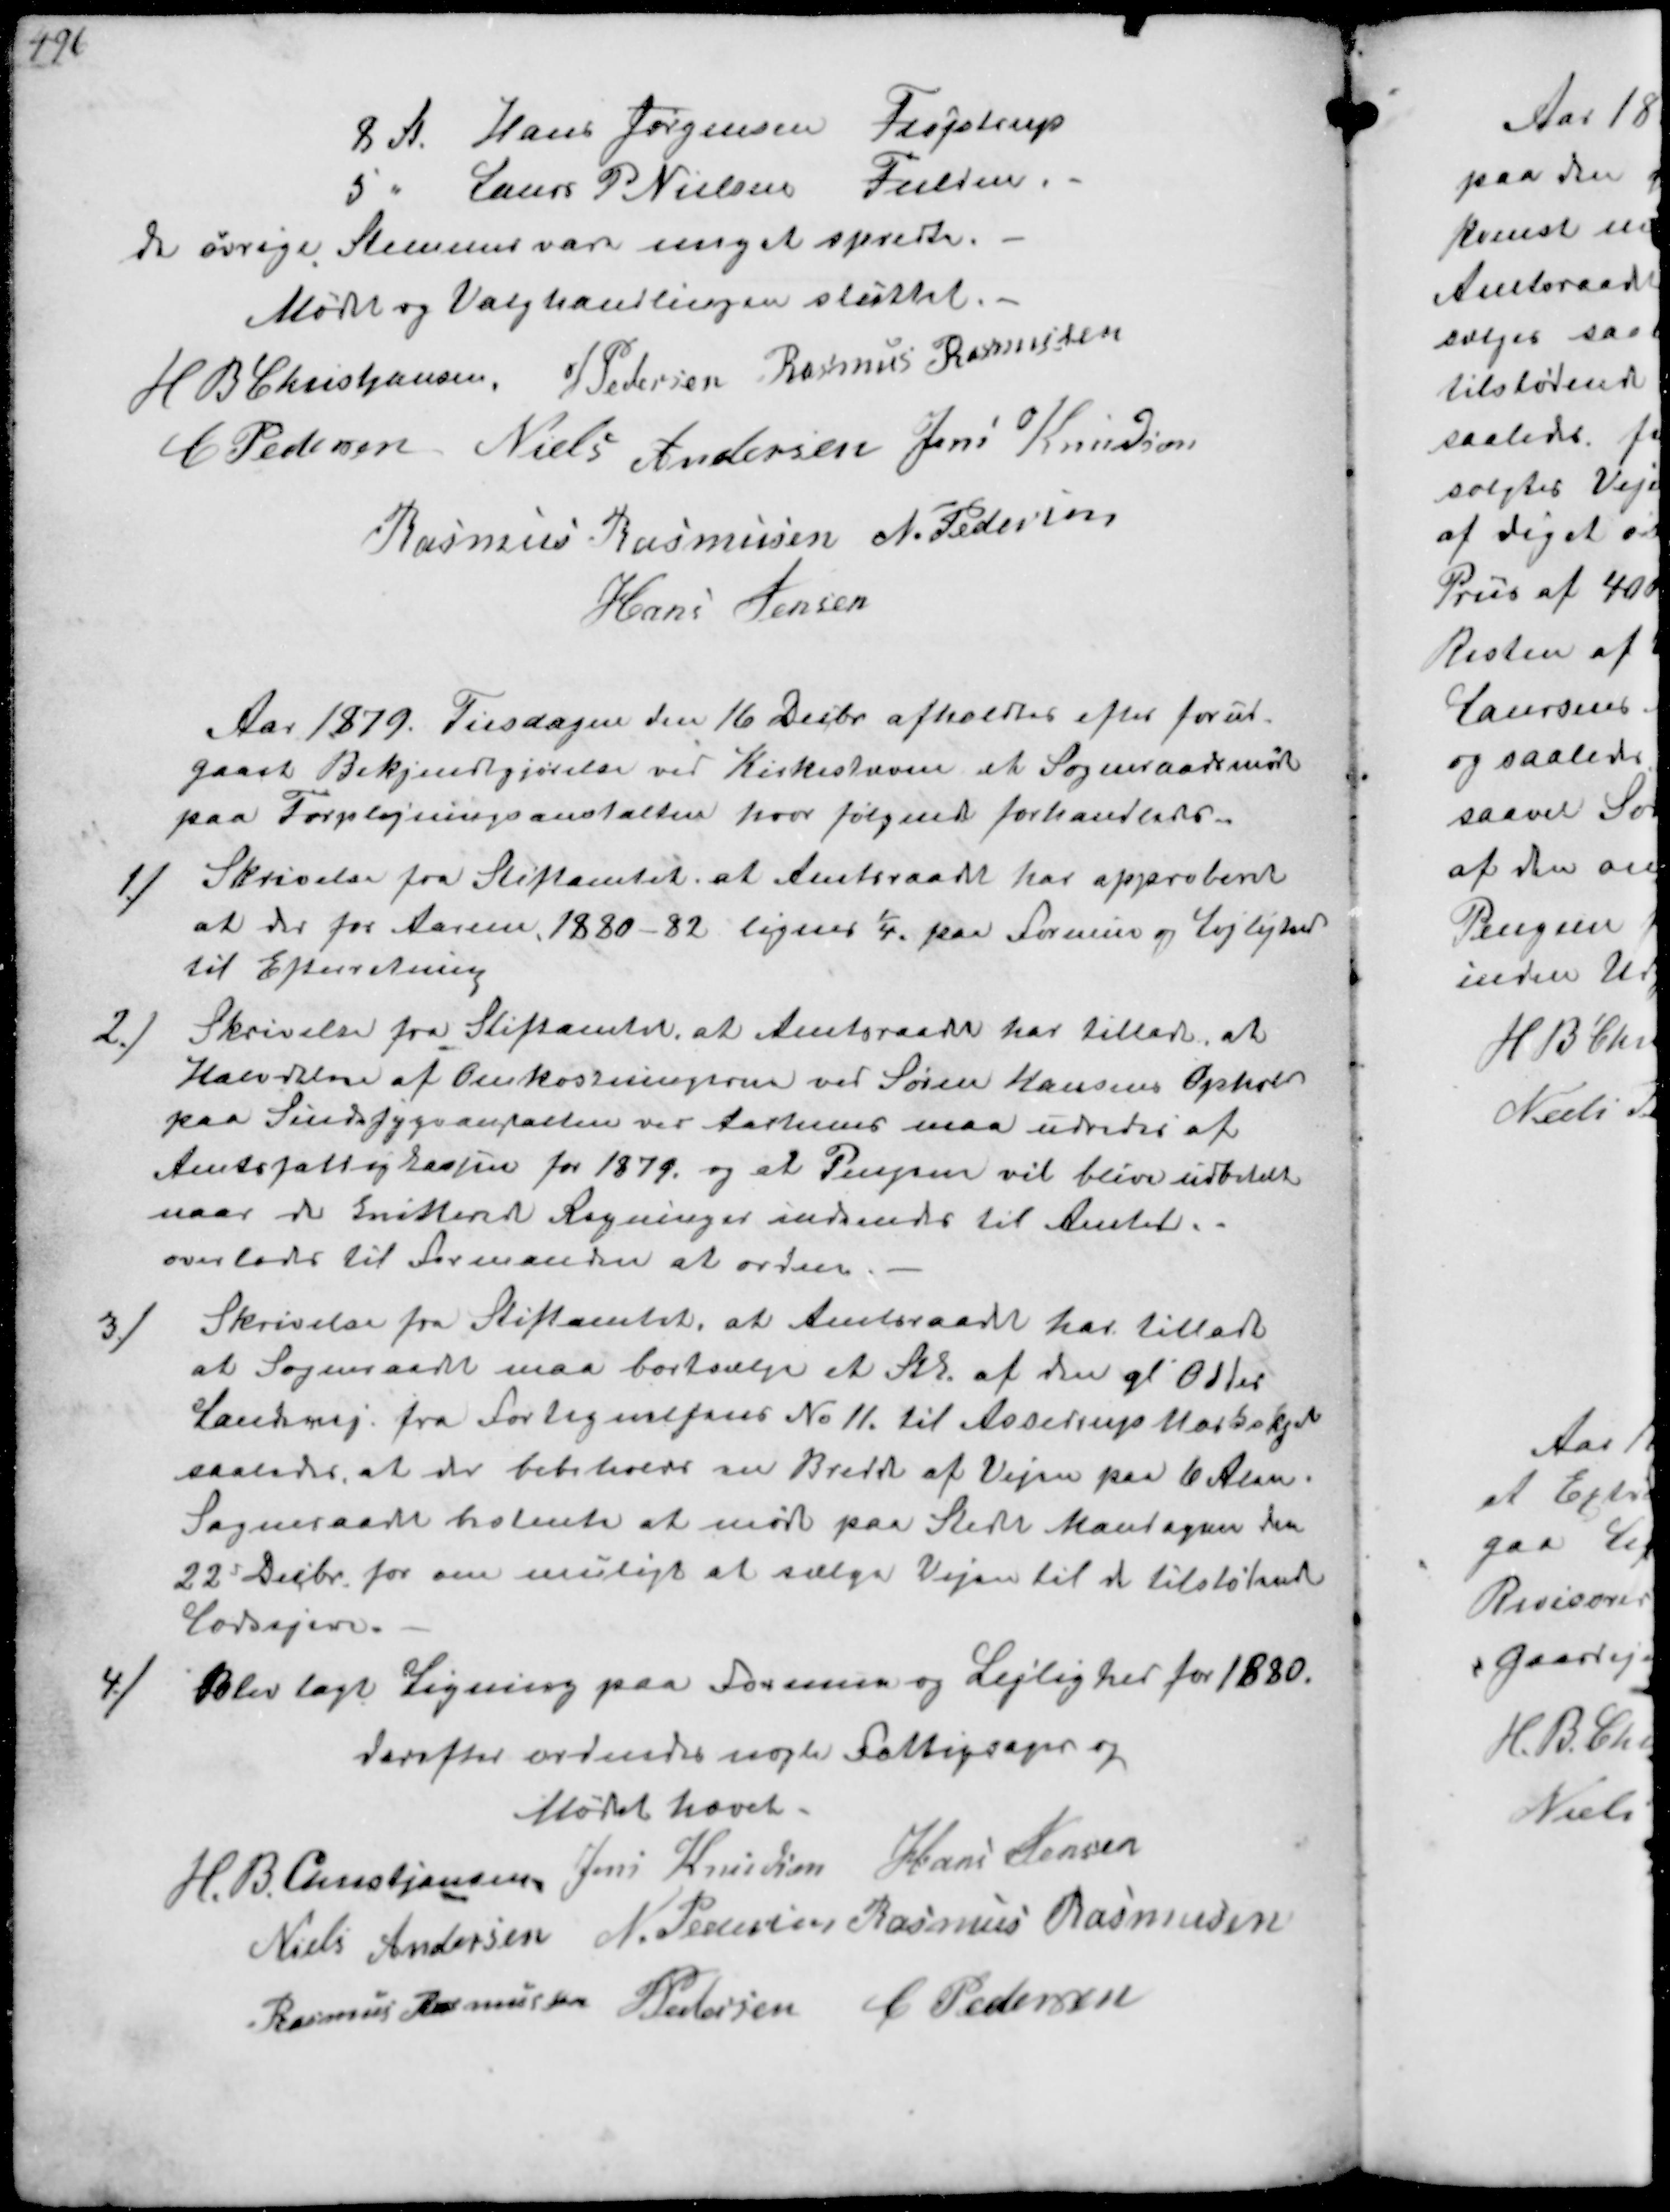
Transskription:
8 St Hans Jørgensen Fløjstrup
5 " Laurs P Nielsen Fulden.
de øvrige Stemmer vare meget spredte.
Mødet og Valghandlingen sluttet.
H. B Christjansen
J Pedersen
Rasmus Rasmussen
C Pedersen
Niels Andersen
Jens Knudsen
Rasmus Rasmussen
N. Pedersen
Hans Jensen

Aar 1879. Tilsdagen den 16 Decbr afholdtes efter forud-
gaaet Bekjendtgjørelse ved Kirkestævne et Sogneraadsmøde
paa Forplejningsanstalten hvor følgende forhandledes
1/
Skrivelse fra Stiftamtet at Amtsraadet har approberet
at der for Aarene 1880-82 lignes ¼ paa Formue og Lejlighed
til Efterretning
2/
Skrivelse fra Stiftamtet, at Amtsraadet har tilladt, at
Halvdelen af Omkostningerne ved Søren Hansens Ophold
paa Sindssygesanstalten ved Aarhuus maa udredes af
Amtsfattigkassen for 1879 og at Pengene vil blive udbetalt
naar de kvitterede Regninger indsendes til Amtet.
overlodes til Formanden at ordne
3/
Skrivelse fra Stiftamtet, at Amtsraadet har tilladt
at Sogneraadet maa bortsælge et Stk af den gl Odder
Landevej. fra Fortegnelsens No 11. til Assedrup Markskjel
saaledes at der bibeholde en Bredde af Vejen paa 6 Alen.
Sogneraadet holente at møde paa Stedet Mandagen fra
22d Decbr. for om muligt at sælge Vejen til de tilstødende
lodsejere.
4/
Blev lagt Ligning paa Formue og Lejlighed for 1880
derefter ordnedes nogle Fattigsager og
Mødet hævet.
H. B. Christjansen
Jens Knudsen
Hans Jensen
Niels Andersen
N. Pedersen
Rasmus Rasmussen
Rasmus Rasmussen
J Pedersen
C Pedersen